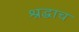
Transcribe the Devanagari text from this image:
श्रद्धाच